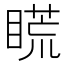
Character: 𥉂